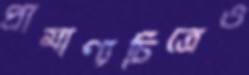
প্রামাণ্যচিত্রেও